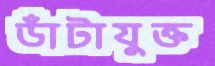
ডাঁটাযুক্ত